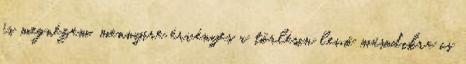
és megnézem, mennyire érvényes a törlésin levő másodikra is